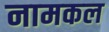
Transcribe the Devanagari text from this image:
नामकल